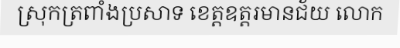
ស្រុកត្រពាំងប្រសាទ ខេត្តឧត្តរមានជ័យ លោក